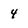
Character: 4